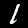
Label: 1